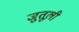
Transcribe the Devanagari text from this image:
जुतूली